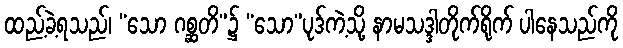
ထည့်ခဲ့ရသည်၊ “သော ဂစ္ဆတိ”၌ “သော”ပုဒ်ကဲ့သို့ နာမသဒ္ဒါတိုက်ရိုက် ပါနေသည်ကို